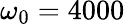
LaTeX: \omega_{0}=4000